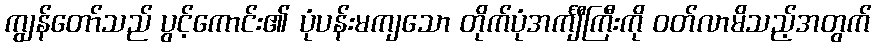
ကျွန်တော်သည် ပွင့်ကောင်း၏ ပုံပန်းမကျသော တိုက်ပုံအင်္ကျီကြီးကို ဝတ်လာမိသည့်အတွက်